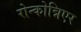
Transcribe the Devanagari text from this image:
रोन्कोन्निएर